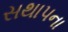
સથાપના